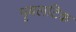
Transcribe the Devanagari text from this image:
पृबलटिक